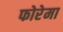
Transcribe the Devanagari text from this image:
फोरेमा